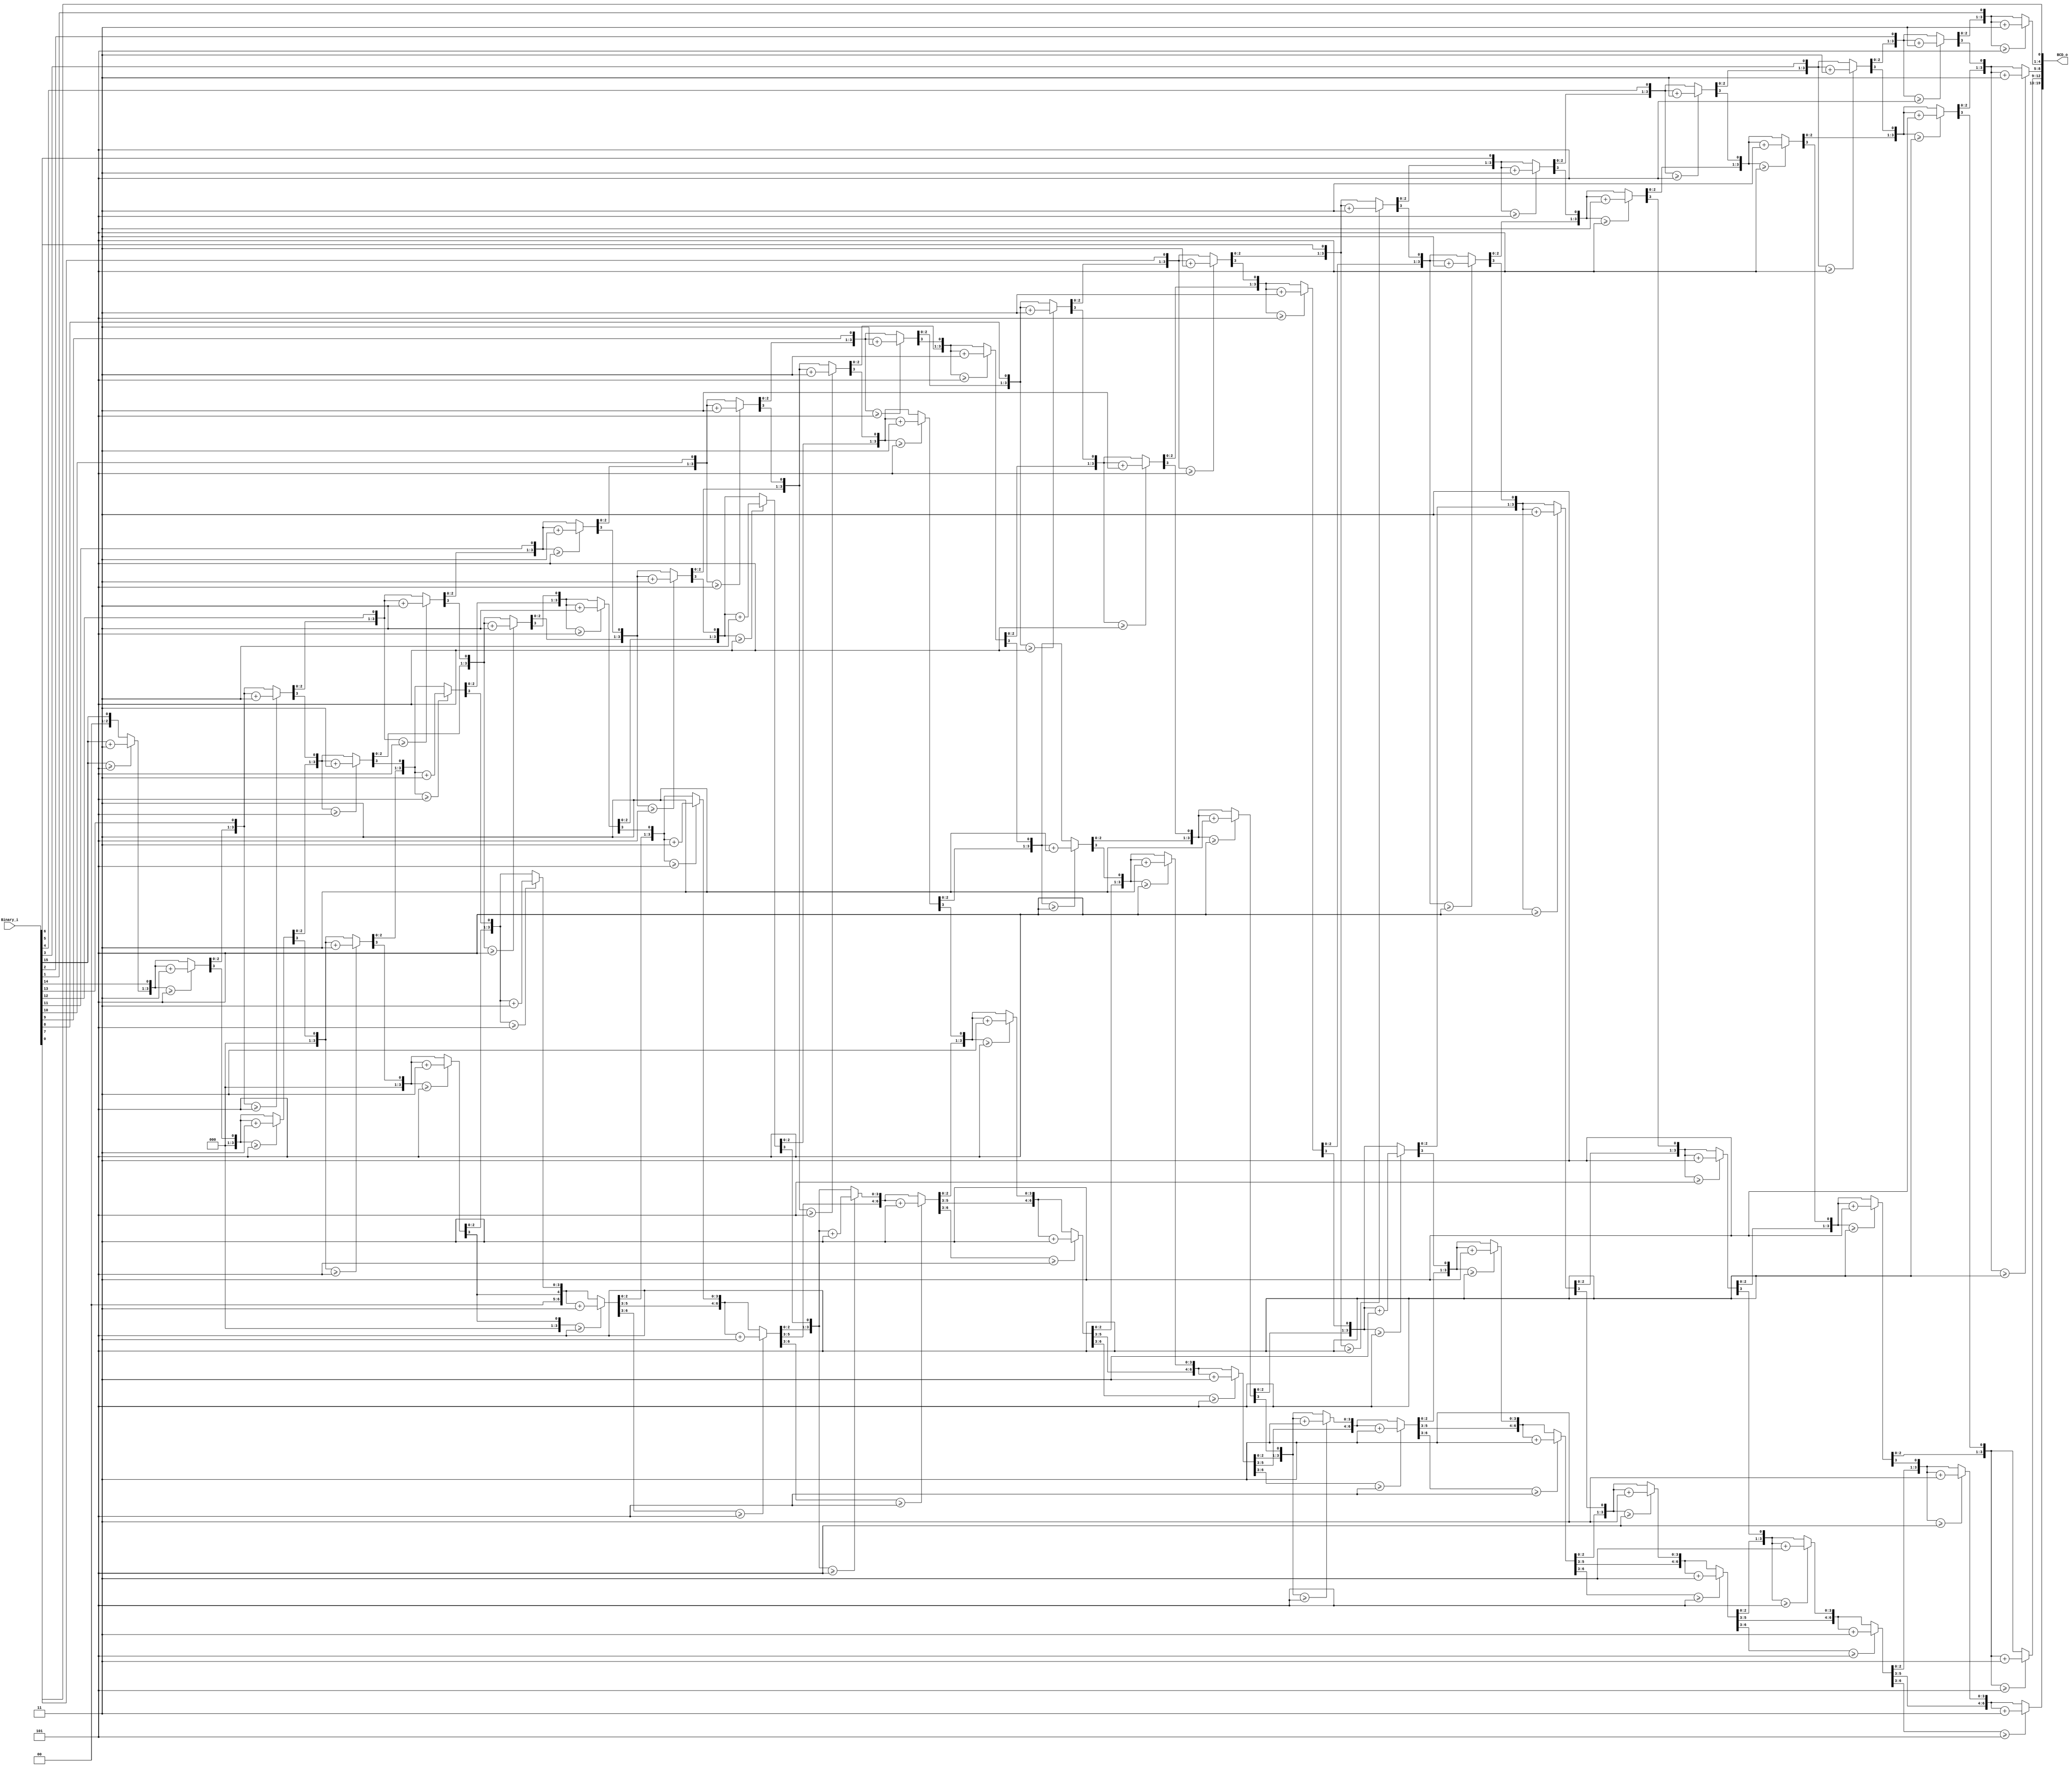
module DoubleDabble(
	input wire [15:0] Binary_i,	// Max 65535
	output reg [19:0] BCD_o
);
	
	integer i;
	
	always @(*) begin
		BCD_o = 0;
		
		// For each bit of input
		for(i=0; i<=15; i=i+1) begin
			
			//if a hex digit of 'BCD_o' is more than 4, add 3 to it. 
			if(BCD_o[3:0] >= 4'd5) 
				BCD_o[3:0] = BCD_o[3:0] + 4'd3;
			
			if(BCD_o[7:4] >= 4'd5)
				BCD_o[7:4] = BCD_o[7:4] + 4'd3;
			
			if(BCD_o[11:8] >= 4'd5)
				BCD_o[11:8] = BCD_o[11:8] + 4'd3;
				
			if(BCD_o[15:12] >= 4'd5)
				BCD_o[15:12] = BCD_o[15:12] + 4'd3; 
				
			if(BCD_o[19:16] >= 4'd5)
				BCD_o[19:12] = BCD_o[19:12] + 4'd3; 
			
			BCD_o = {BCD_o[18:0], Binary_i[15-i]};
		end
	end

endmodule